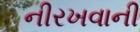
નીરખવાની